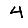
Digit: 4